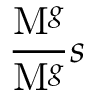
\frac { \mathrm { { M } } ^ { g } } { \mathrm { { M } } ^ { g } } { { s } }